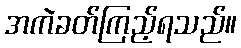
အကဲခတ်ကြည့်ရသည်။